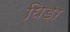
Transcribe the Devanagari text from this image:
घिड़ा